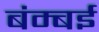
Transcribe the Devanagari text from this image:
बंम्बई